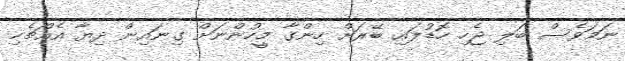
ނަމަވެސް ބަލި ޖެހި ހޮޑުލައި ބޭރަށް ހިންގާ މީހުންނަށް ގިނައިން ދިޔާ އެއްޗެހި